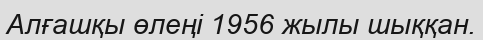
Алғашқы өлеңі 1956 жылы шыққан.